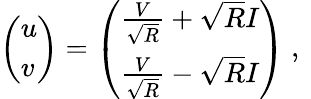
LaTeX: \left(\begin{array}{l}{u}\\ {v}\end{array}\right)=\left(\begin{array}{l}{\frac{V}{\sqrt{R}}+\sqrt{R}I}\\ {\frac{V}{\sqrt{R}}-\sqrt{R}I}\end{array}\right)\mathrm{~,~}